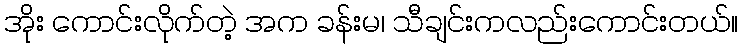
အိုး ကောင်းလိုက်တဲ့ အက ခန်းမ၊ သီချင်းကလည်းကောင်းတယ်။